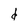
Character: d